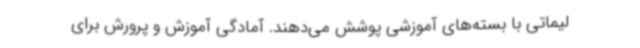
لیماتی با بسته‌های آموزشی پوشش می‌دهند. آمادگی آموزش و پرورش برای